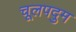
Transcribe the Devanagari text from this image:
चूलपदुम